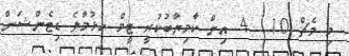
މި މެޗް 10  4 އިން ކާމިޔާބުކުރީ ޓީމް ހުޅުމާލެ ޑިޓެންޝަން